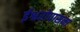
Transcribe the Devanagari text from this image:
ईश्वरोपासना